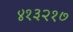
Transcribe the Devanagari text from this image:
४१३२१७